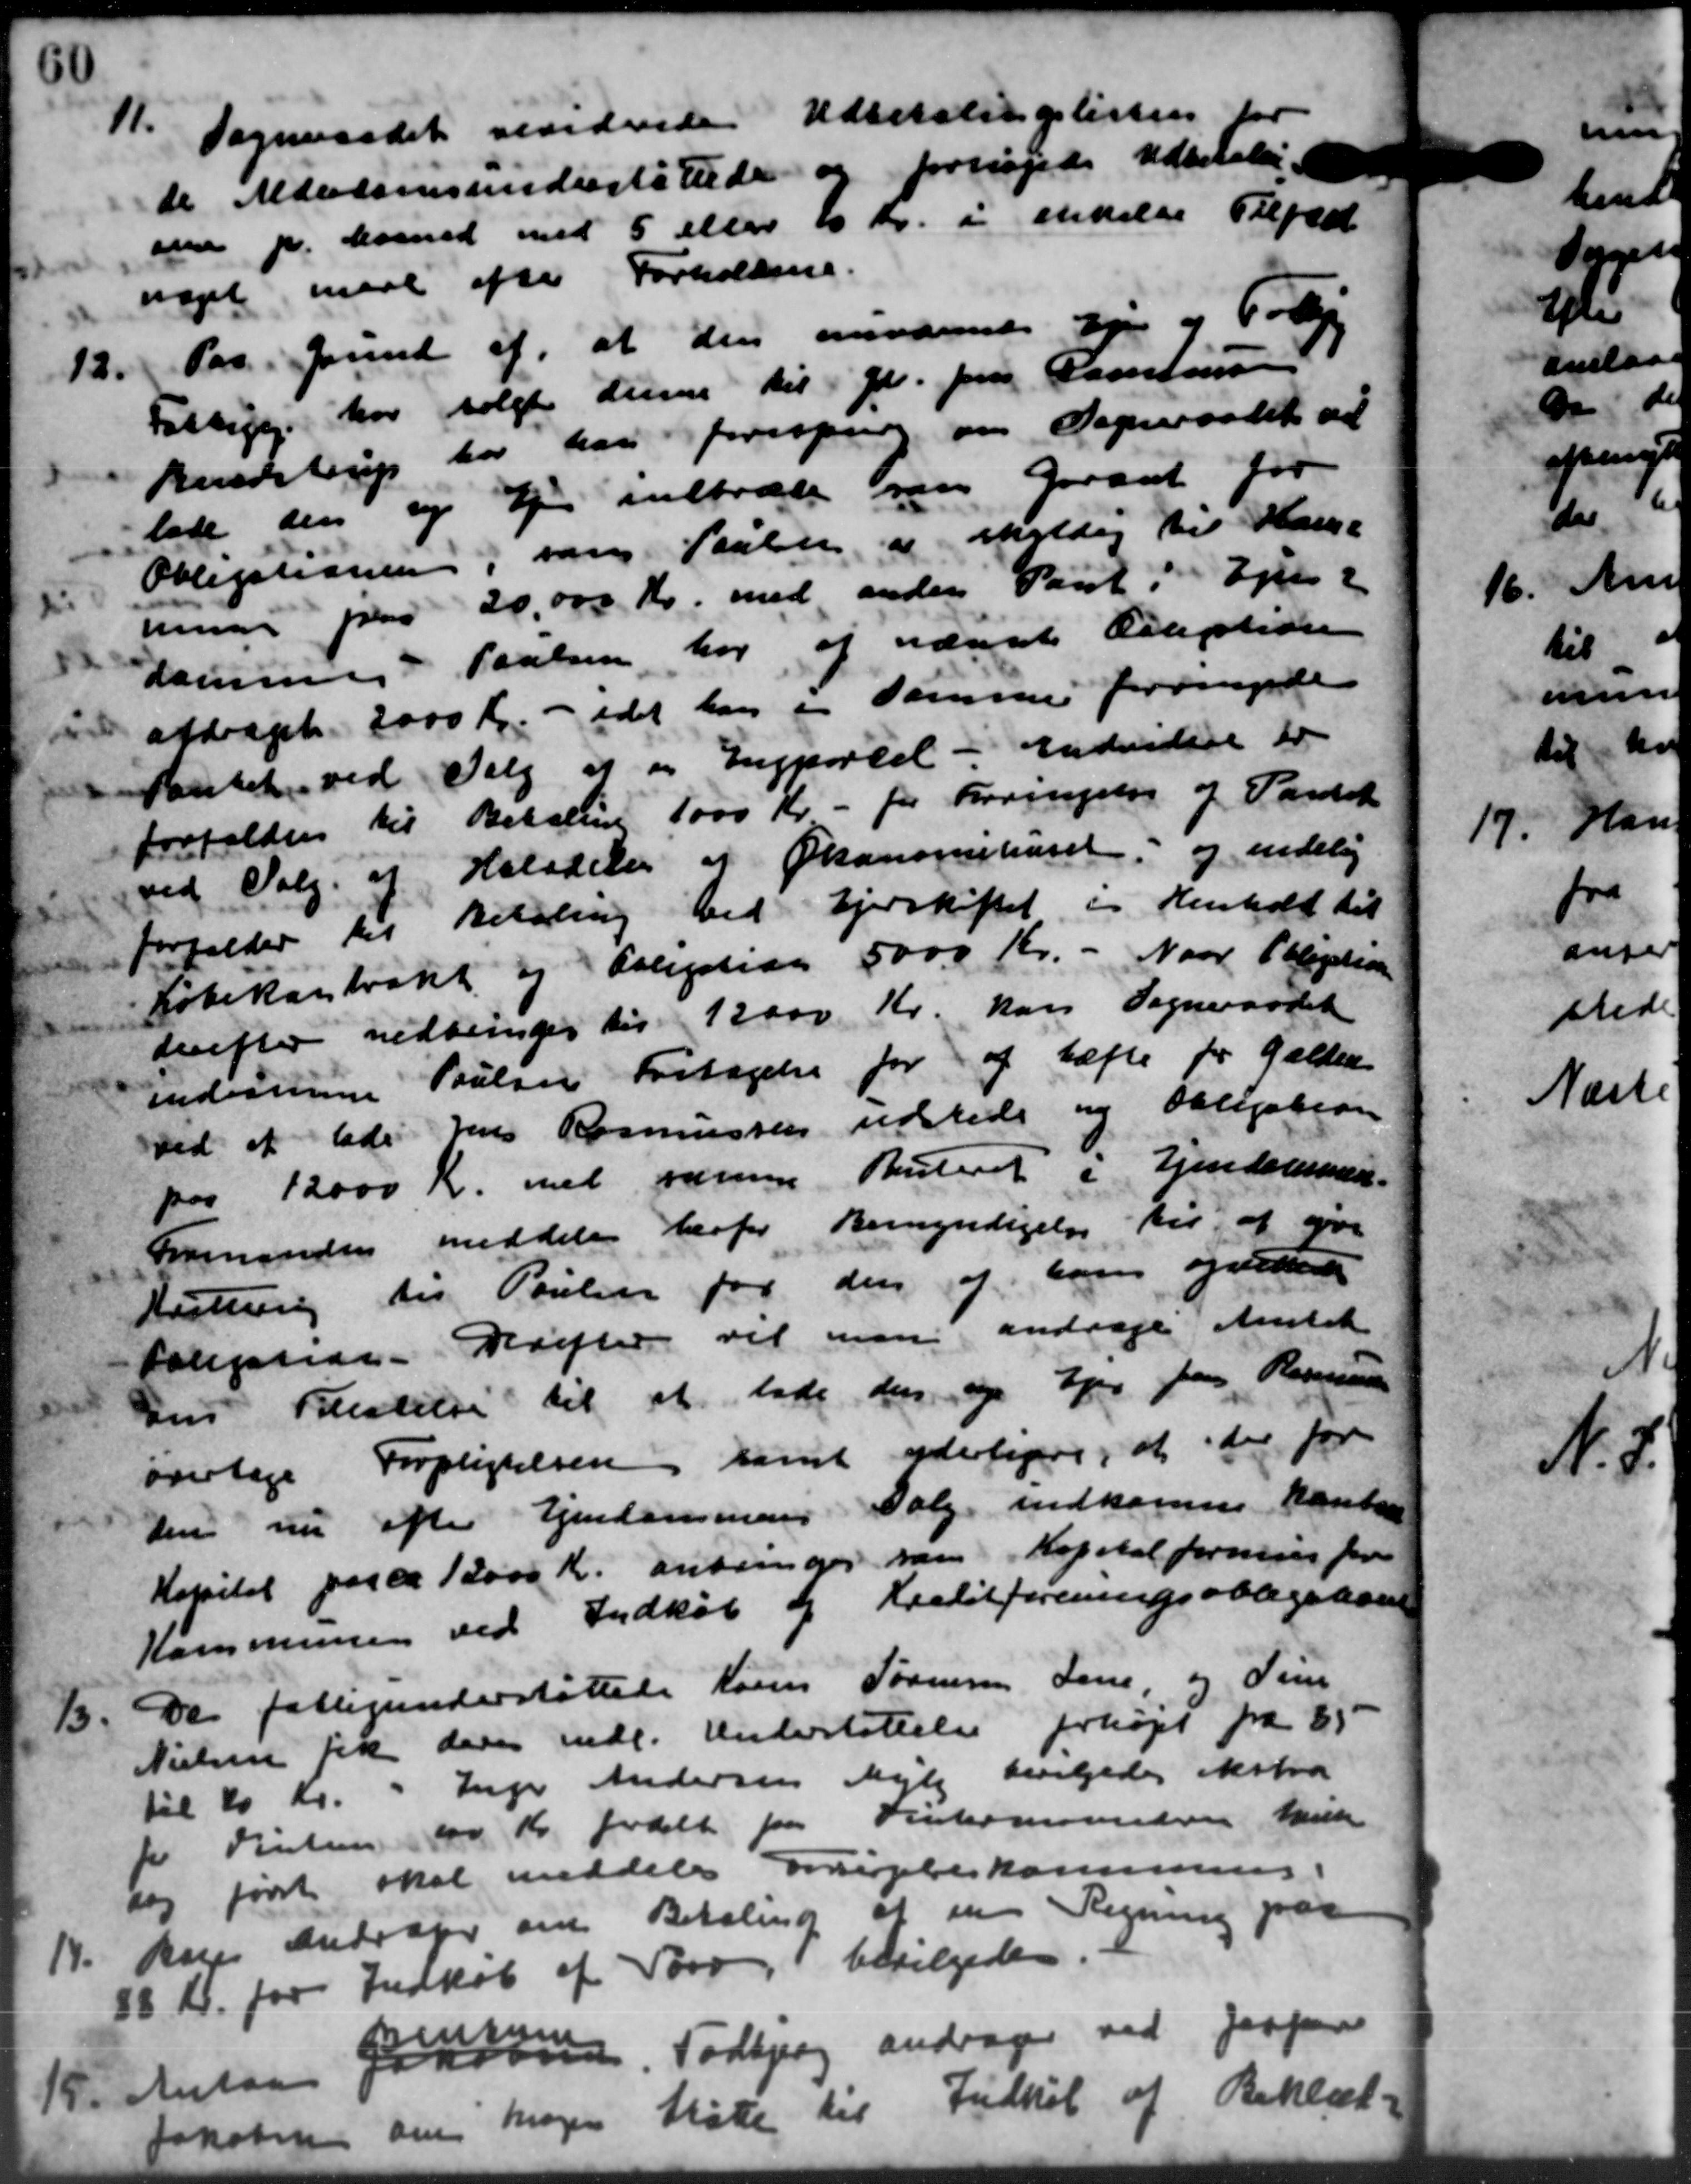
Transskription:
11.
Sogneraadet sesidende Udbetalingslisten
de Alderdomsunderstøttede og forsøgede udenlige
om pr. Maaned med 5 eller 10 Kr. i ikkelse Tilfæd
noget med efter Forholdene.
12.
Pas. Grund af, at den anværende Syn og Følge
Fattigg. har solgte den til Gdr. Jens Cartensen
Rendstrup har han forespurg om Sogneraadet at
lade den og Ejer indtræde saa graat for
Obligationen, som Paaber og skyldig til Kasse
mune paa 20.000 Kr. med anden Pant i Ejen
damme i Poulsen har af nævnte Adlertide
afdraget 2000 Kr. - idet han en sammer fornyede
Pantet ved Valg af en Ingparcel - Endvidere er
forfalden til Betaling 1000 Kr. - for Forringslig og Pandet
ved Valg af Halvdele af Økonomhuset, og endelig
forfalder til Betaling ved Ejerskiftet i Henhold til
Købekontrakt og Aslegation 5000 Kr. - Naar Obligation
derefter nedbringes til 12000 Kr. hans Sogneraadet
Indvanne Poulsen Fritagelse for af tæfte for Gælden
ved at Gdr Jens Rasmussen udstede og Obligation
paa 12000 Kr. med væren Ruteret i Ejendommen.
Formanden meddeler herfor Bemyndigelse til at give
Slutning til Poulin for den af hans ogvidere
Folprar. Drifter vil man andrage Amtet
Dns Bestelse til at lade den og Ejer paa Kommunen
overtage Forpligtelsen samt yderligere, at der for
Den nu efter Ejendommens Valg indkomne Kontor
Kapital paa ca 12000 Kr. anbringes som Kapitalformues for
Kommunen ved Indkøb og Kreditforeningsobligatione
15
De fattigunderstøttelse Kors Sørensen Lene og Tim
Nielsen fik den indl. Understøttelse forhøjet fra 85
til 20 Kr. - Inger Andersen Mejle bevilgedes ekstra
t Vintere 100 Kr fordelt fra Denkomsunden hvilke
sig først skal meddeles Forpleskommunes
14.
Regns Andrager om Betaling af en Regning paa
88 kr. for Indkøb af Tørv, bevilgedes.
15.
Anton Jakobsen

Todbjerg andrager ved Jesper
Jakobsen om Mogen Støtte til Indkøb af Beklæd-